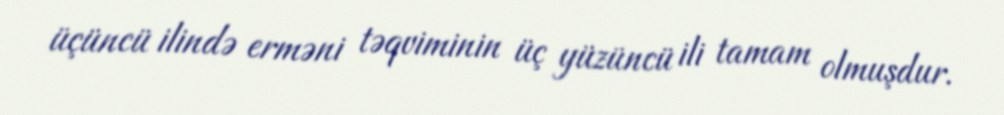
üçüncü ilində erməni təqviminin üç yüzüncü ili tamam olmuşdur.